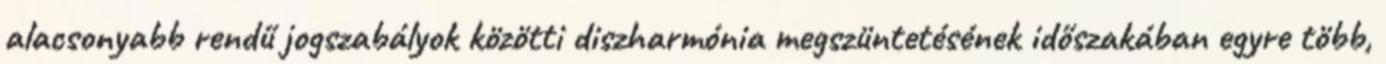
alacsonyabb rendű jogszabályok közötti diszharmónia megszüntetésének időszakában egyre több,